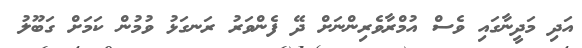
އަދި މަދީނާގައި ވެސް އުމްރާވެރިންނަށް ދޭ ފެންވަރު ރަނގަޅު ވުމުން ކަމަށް ގަބޫލު